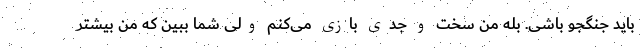
باید جنگجو باشی. بله من سخت و جدی بازی می‌کنم ولی شما ببین که من بیشتر